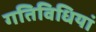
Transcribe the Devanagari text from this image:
गतिविधियां